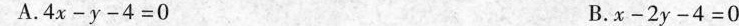
A.$$4x-y-4=0$$ B.$$x-2y-4=0$$